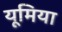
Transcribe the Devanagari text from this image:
यूमिया